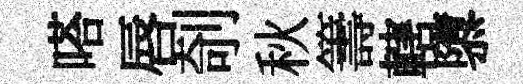
嗒唇剞秋籌轄隳